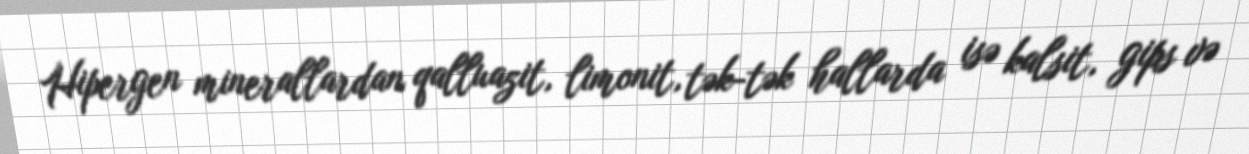
Hipergen minerallardan qalluazit, limonit, tək-tək hallarda isə kalsit, gips və